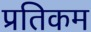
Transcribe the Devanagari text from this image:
प्रतिकम